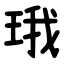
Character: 珴